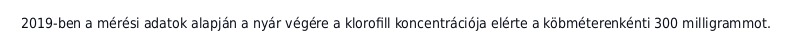
2019-ben a mérési adatok alapján a nyár végére a klorofill koncentrációja elérte a köbméterenkénti 300 milligrammot.